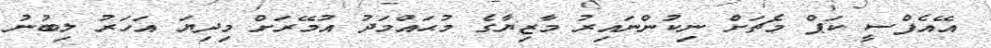
އޭއެފްސީ ކަޕް މެޗަށް ނިކުންނައިރު މާޒިޔާގެ މުޙައްމަދު އުމޭރަށް މިދިޔަ އަހަރު ލިބުނު